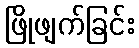
ဖြိုဖျက်ခြင်း